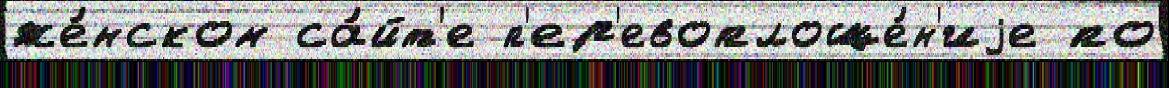
же́нском са́йт'е п'ер'евоплоще́н'иjе по